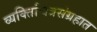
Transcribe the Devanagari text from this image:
व्यक्तिचित्रसंग्रहात